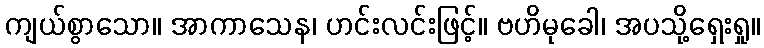
ကျယ်စွာသော။ အာကာသေန၊ ဟင်းလင်းဖြင့်။ ဗဟိမုခေါ၊ အပသို့ရှေးရှု။